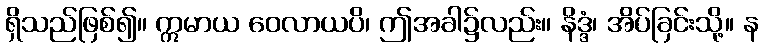
ရှိသည်ဖြစ်၍။ ဣမာယ ဝေလာယပိ၊ ဤအခါ၌လည်း။ နိဒ္ဒံ၊ အိပ်ခြင်းသို့။ န